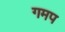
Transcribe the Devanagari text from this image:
गमप